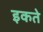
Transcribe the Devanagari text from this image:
इकते